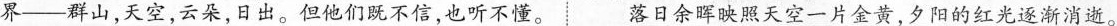
界___群山，天空，云朵，日出。但他们既不信，也听不懂。落日余晖映照天空一片金黄，夕阳的红光逐渐消逝。